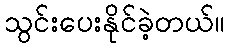
သွင်းပေးနိုင်ခဲ့တယ်။